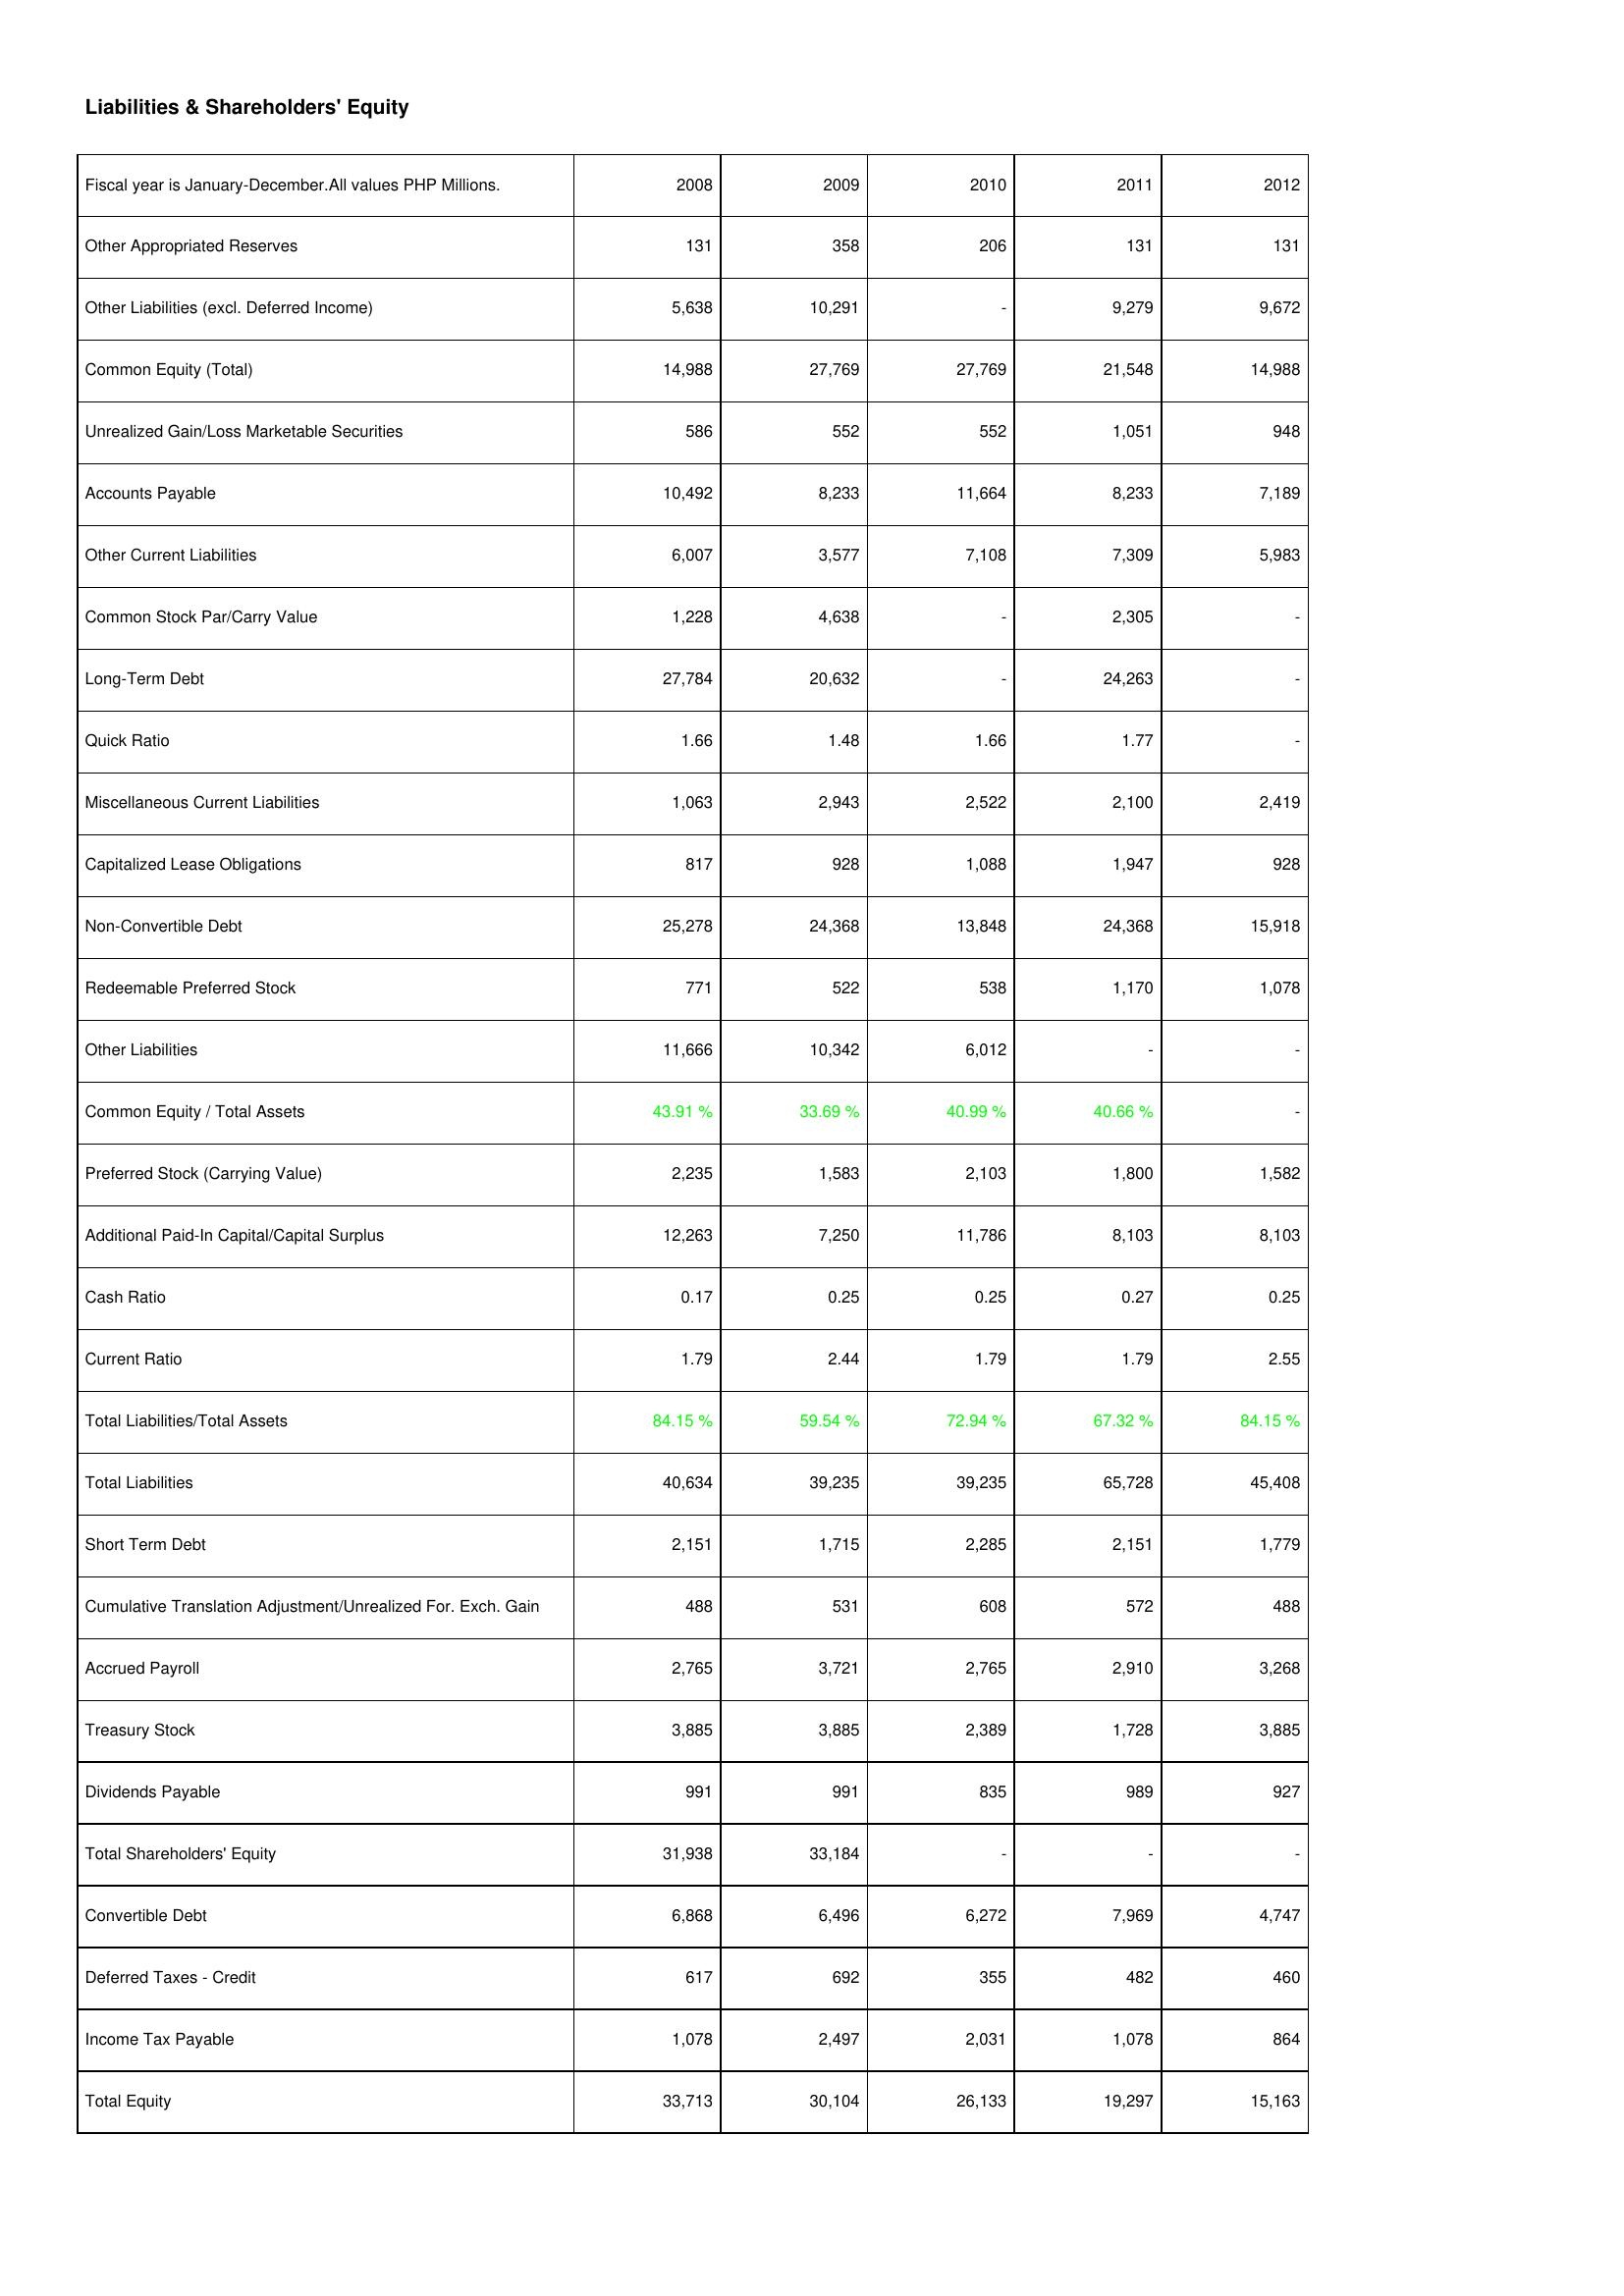
2008: Liabilities & Shareholders' Equity: Other Appropriated Reserves: 131
Other Liabilities (excl. Deferred Income): 5,638
Common Equity (Total): 14,988
Unrealized Gain/Loss Marketable Securities: 586
Accounts Payable: 10,492
Other Current Liabilities: 6,007
Common Stock Par/Carry Value: 1,228
Long-Term Debt: 27,784
Quick Ratio: 1.66
Miscellaneous Current Liabilities: 1,063
Capitalized Lease Obligations: 817
Non-Convertible Debt: 25,278
Redeemable Preferred Stock: 771
Other Liabilities: 11,666
Common Equity / Total Assets: 43.91 %
Preferred Stock (Carrying Value): 2,235
Additional Paid-In Capital/Capital Surplus: 12,263
Cash Ratio: 0.17
Current Ratio: 1.79
Total Liabilities/Total Assets: 84.15 %
Total Liabilities: 40,634
Short Term Debt: 2,151
Cumulative Translation Adjustment/Unrealized For. Exch. Gain: 488
Accrued Payroll: 2,765
Treasury Stock: 3,885
Dividends Payable: 991
Total Shareholders' Equity: 31,938
Convertible Debt: 6,868
Deferred Taxes - Credit: 617
Income Tax Payable: 1,078
Total Equity: 33,713
2009: Liabilities & Shareholders' Equity: Other Appropriated Reserves: 358
Other Liabilities (excl. Deferred Income): 10,291
Common Equity (Total): 27,769
Unrealized Gain/Loss Marketable Securities: 552
Accounts Payable: 8,233
Other Current Liabilities: 3,577
Common Stock Par/Carry Value: 4,638
Long-Term Debt: 20,632
Quick Ratio: 1.48
Miscellaneous Current Liabilities: 2,943
Capitalized Lease Obligations: 928
Non-Convertible Debt: 24,368
Redeemable Preferred Stock: 522
Other Liabilities: 10,342
Common Equity / Total Assets: 33.69 %
Preferred Stock (Carrying Value): 1,583
Additional Paid-In Capital/Capital Surplus: 7,250
Cash Ratio: 0.25
Current Ratio: 2.44
Total Liabilities/Total Assets: 59.54 %
Total Liabilities: 39,235
Short Term Debt: 1,715
Cumulative Translation Adjustment/Unrealized For. Exch. Gain: 531
Accrued Payroll: 3,721
Treasury Stock: 3,885
Dividends Payable: 991
Total Shareholders' Equity: 33,184
Convertible Debt: 6,496
Deferred Taxes - Credit: 692
Income Tax Payable: 2,497
Total Equity: 30,104
2010: Liabilities & Shareholders' Equity: Other Appropriated Reserves: 206
Other Liabilities (excl. Deferred Income): -
Common Equity (Total): 27,769
Unrealized Gain/Loss Marketable Securities: 552
Accounts Payable: 11,664
Other Current Liabilities: 7,108
Common Stock Par/Carry Value: -
Long-Term Debt: -
Quick Ratio: 1.66
Miscellaneous Current Liabilities: 2,522
Capitalized Lease Obligations: 1,088
Non-Convertible Debt: 13,848
Redeemable Preferred Stock: 538
Other Liabilities: 6,012
Common Equity / Total Assets: 40.99 %
Preferred Stock (Carrying Value): 2,103
Additional Paid-In Capital/Capital Surplus: 11,786
Cash Ratio: 0.25
Current Ratio: 1.79
Total Liabilities/Total Assets: 72.94 %
Total Liabilities: 39,235
Short Term Debt: 2,285
Cumulative Translation Adjustment/Unrealized For. Exch. Gain: 608
Accrued Payroll: 2,765
Treasury Stock: 2,389
Dividends Payable: 835
Total Shareholders' Equity: -
Convertible Debt: 6,272
Deferred Taxes - Credit: 355
Income Tax Payable: 2,031
Total Equity: 26,133
2011: Liabilities & Shareholders' Equity: Other Appropriated Reserves: 131
Other Liabilities (excl. Deferred Income): 9,279
Common Equity (Total): 21,548
Unrealized Gain/Loss Marketable Securities: 1,051
Accounts Payable: 8,233
Other Current Liabilities: 7,309
Common Stock Par/Carry Value: 2,305
Long-Term Debt: 24,263
Quick Ratio: 1.77
Miscellaneous Current Liabilities: 2,100
Capitalized Lease Obligations: 1,947
Non-Convertible Debt: 24,368
Redeemable Preferred Stock: 1,170
Other Liabilities: -
Common Equity / Total Assets: 40.66 %
Preferred Stock (Carrying Value): 1,800
Additional Paid-In Capital/Capital Surplus: 8,103
Cash Ratio: 0.27
Current Ratio: 1.79
Total Liabilities/Total Assets: 67.32 %
Total Liabilities: 65,728
Short Term Debt: 2,151
Cumulative Translation Adjustment/Unrealized For. Exch. Gain: 572
Accrued Payroll: 2,910
Treasury Stock: 1,728
Dividends Payable: 989
Total Shareholders' Equity: -
Convertible Debt: 7,969
Deferred Taxes - Credit: 482
Income Tax Payable: 1,078
Total Equity: 19,297
2012: Liabilities & Shareholders' Equity: Other Appropriated Reserves: 131
Other Liabilities (excl. Deferred Income): 9,672
Common Equity (Total): 14,988
Unrealized Gain/Loss Marketable Securities: 948
Accounts Payable: 7,189
Other Current Liabilities: 5,983
Common Stock Par/Carry Value: -
Long-Term Debt: -
Quick Ratio: -
Miscellaneous Current Liabilities: 2,419
Capitalized Lease Obligations: 928
Non-Convertible Debt: 15,918
Redeemable Preferred Stock: 1,078
Other Liabilities: -
Common Equity / Total Assets: -
Preferred Stock (Carrying Value): 1,582
Additional Paid-In Capital/Capital Surplus: 8,103
Cash Ratio: 0.25
Current Ratio: 2.55
Total Liabilities/Total Assets: 84.15 %
Total Liabilities: 45,408
Short Term Debt: 1,779
Cumulative Translation Adjustment/Unrealized For. Exch. Gain: 488
Accrued Payroll: 3,268
Treasury Stock: 3,885
Dividends Payable: 927
Total Shareholders' Equity: -
Convertible Debt: 4,747
Deferred Taxes - Credit: 460
Income Tax Payable: 864
Total Equity: 15,163